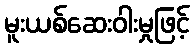
မူးယစ်ဆေးဝါးမှုဖြင့်